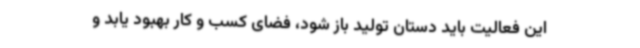
این فعالیت باید دستان تولید باز شود، فضای کسب و کار بهبود یابد و